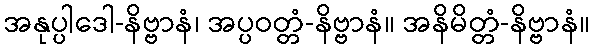
အနုပ္ပါဒေါ-နိဗ္ဗာနံ၊ အပ္ပဝတ္တံ-နိဗ္ဗာနံ။ အနိမိတ္တံ-နိဗ္ဗာနံ။